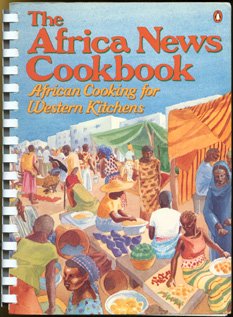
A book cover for The Africa News Cookbook: African Cooking for Western Kitchens (Penguin Handbooks); Cookbooks, Food & Wine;